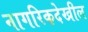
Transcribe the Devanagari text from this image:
नागरिकदेखील